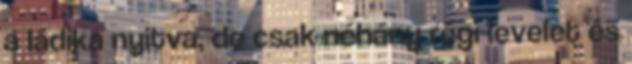
a ládika nyitva, de csak néhány régi levelet és